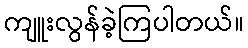
ကျူးလွန်ခဲ့ကြပါတယ်။